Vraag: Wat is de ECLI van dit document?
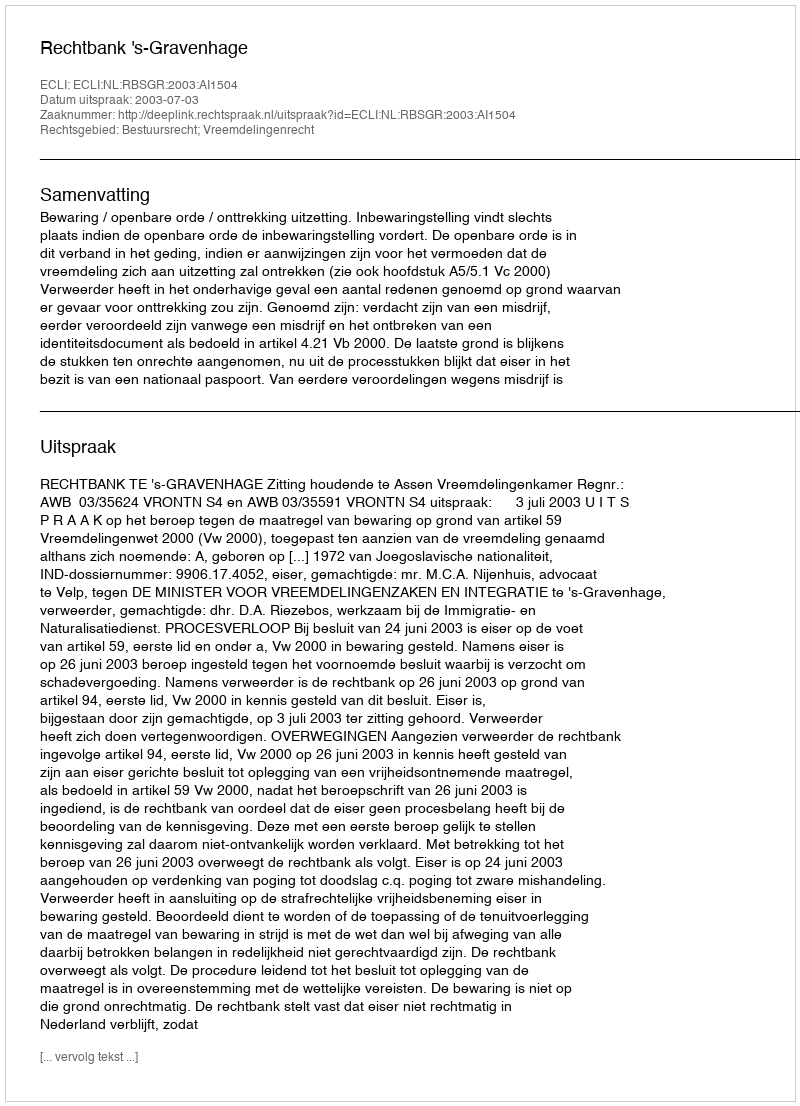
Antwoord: ECLI:NL:RBSGR:2003:AI1504